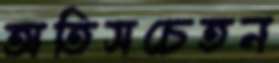
অতিসচেতন